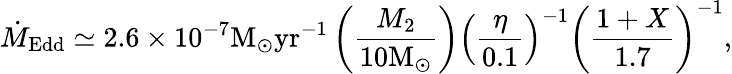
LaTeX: \dot{M}_{\mathrm{Edd}}\simeq 2.6\times 10^{-7}\mathrm{M}_{\odot}\mathrm{yr}^{-1}\left(\frac{M_{\mathrm{2}}}{10\mathrm{M}_{\odot}}\right)\left(\frac{\eta}{0.1}\right)^{-1}\left(\frac{1+X}{1.7}\right)^{-1},